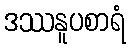
ဒဿနူပစာရံ